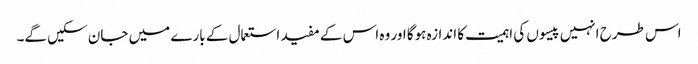
اس طرح انہیں پیسوں کی اہمیت کا اندازہ ہوگا اور وہ اس کے مفید استعمال کے بارے میں جان سکیں گے۔